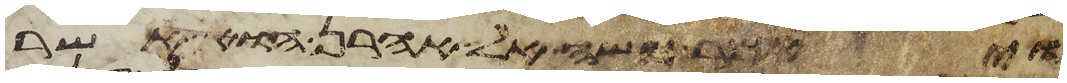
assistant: ויאמר משה אל אהרן הוא אשר